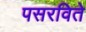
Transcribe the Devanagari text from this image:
पसरविते